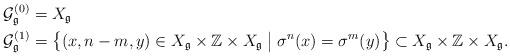
LaTeX: \begin{align*}\mathcal{G}_\mathfrak{g}^{(0)} &= X_\mathfrak{g} \\\mathcal{G}_\mathfrak{g}^{(1)} &= \big\{(x,n-m,y) \in X_\mathfrak{g} \times \mathbb Z \times X_\mathfrak{g} \bigm| \sigma^n(x)=\sigma^m(y)\big\} \subset X_\mathfrak{g} \times \mathbb Z \times X_\mathfrak{g}.\end{align*}